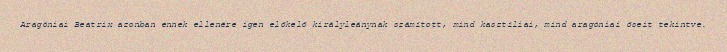
Aragóniai Beatrix azonban ennek ellenére igen előkelő királyleánynak számított, mind kasztíliai, mind aragóniai őseit tekintve.